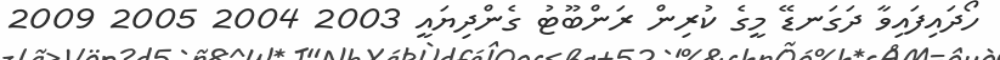
ހޯދައިފައިވާ ދަގަނޑޭ މީގެ ކުރިން ރަންބޫޓު ގެންދިޔައީ 2003 2004 2005 2009